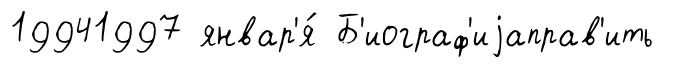
19941997 январ'я́ Б'иограф'иjаправ'ить